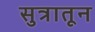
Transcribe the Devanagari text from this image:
सुत्रातून